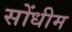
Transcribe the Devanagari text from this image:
सोंधीम